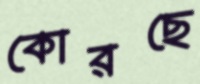
কোরছে